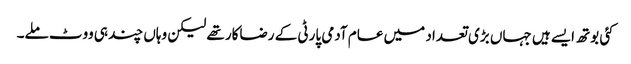
کئی بوتھ ایسے ہیں جہاں بڑی تعداد میں عام آدمی پارٹی کے رضاکار تھے لیکن وہاں چند ہی ووٹ ملے۔